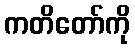
ကတိတော်ကို